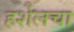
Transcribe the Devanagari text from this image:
हर्शेलचा